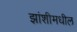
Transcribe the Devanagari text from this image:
झांशीमधील